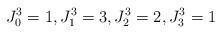
LaTeX: \begin{align*} J_0^3 = 1,J_1^3 = 3,J_2^3 = 2,J_3^3 = 1 \end{align*}